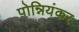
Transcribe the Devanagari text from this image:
पोन्नियंकर